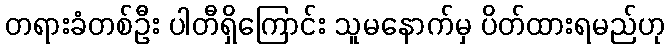
တရားခံတစ်ဦး ပါတီရှိကြောင်း သူမနောက်မှ ပိတ်ထားရမည်ဟု